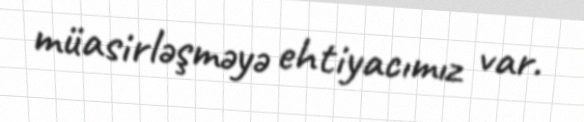
müasirləşməyə ehtiyacımız var.